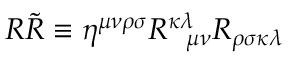
{ \cal { R } } { \tilde { \cal { R } } } \equiv { \cal { \eta } } ^ { \mu \nu \rho \sigma } R _ { \; \; \; \mu \nu } ^ { \kappa \lambda } R _ { \rho \sigma \kappa \lambda }